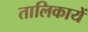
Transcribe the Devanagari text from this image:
तालिकायें